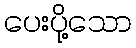
ပေးပို့သော